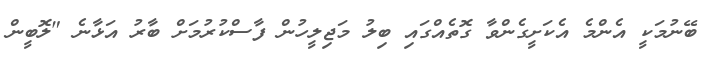
ބޭނުމަކީ އެންމެ އެކަށީގެންވާ ގޮތެއްގައި ބިލު މަޖިލީހުން ފާސްކުރުމަށް ބާރު އަޅާނެ "ލޮބީން